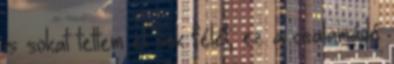
is sokat tettem el sok félét, ez a csalamádé